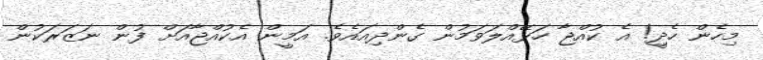
މިހެން ހެދިީ! އެ ކުއްޖާ ހަޅޭއްލަވަމުން ގެންދިއައެވެ. އަމީން އެކުއްޖާއަށް ފުން ނަޒަރަކުން